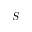
S